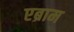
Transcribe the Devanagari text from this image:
एब्राम